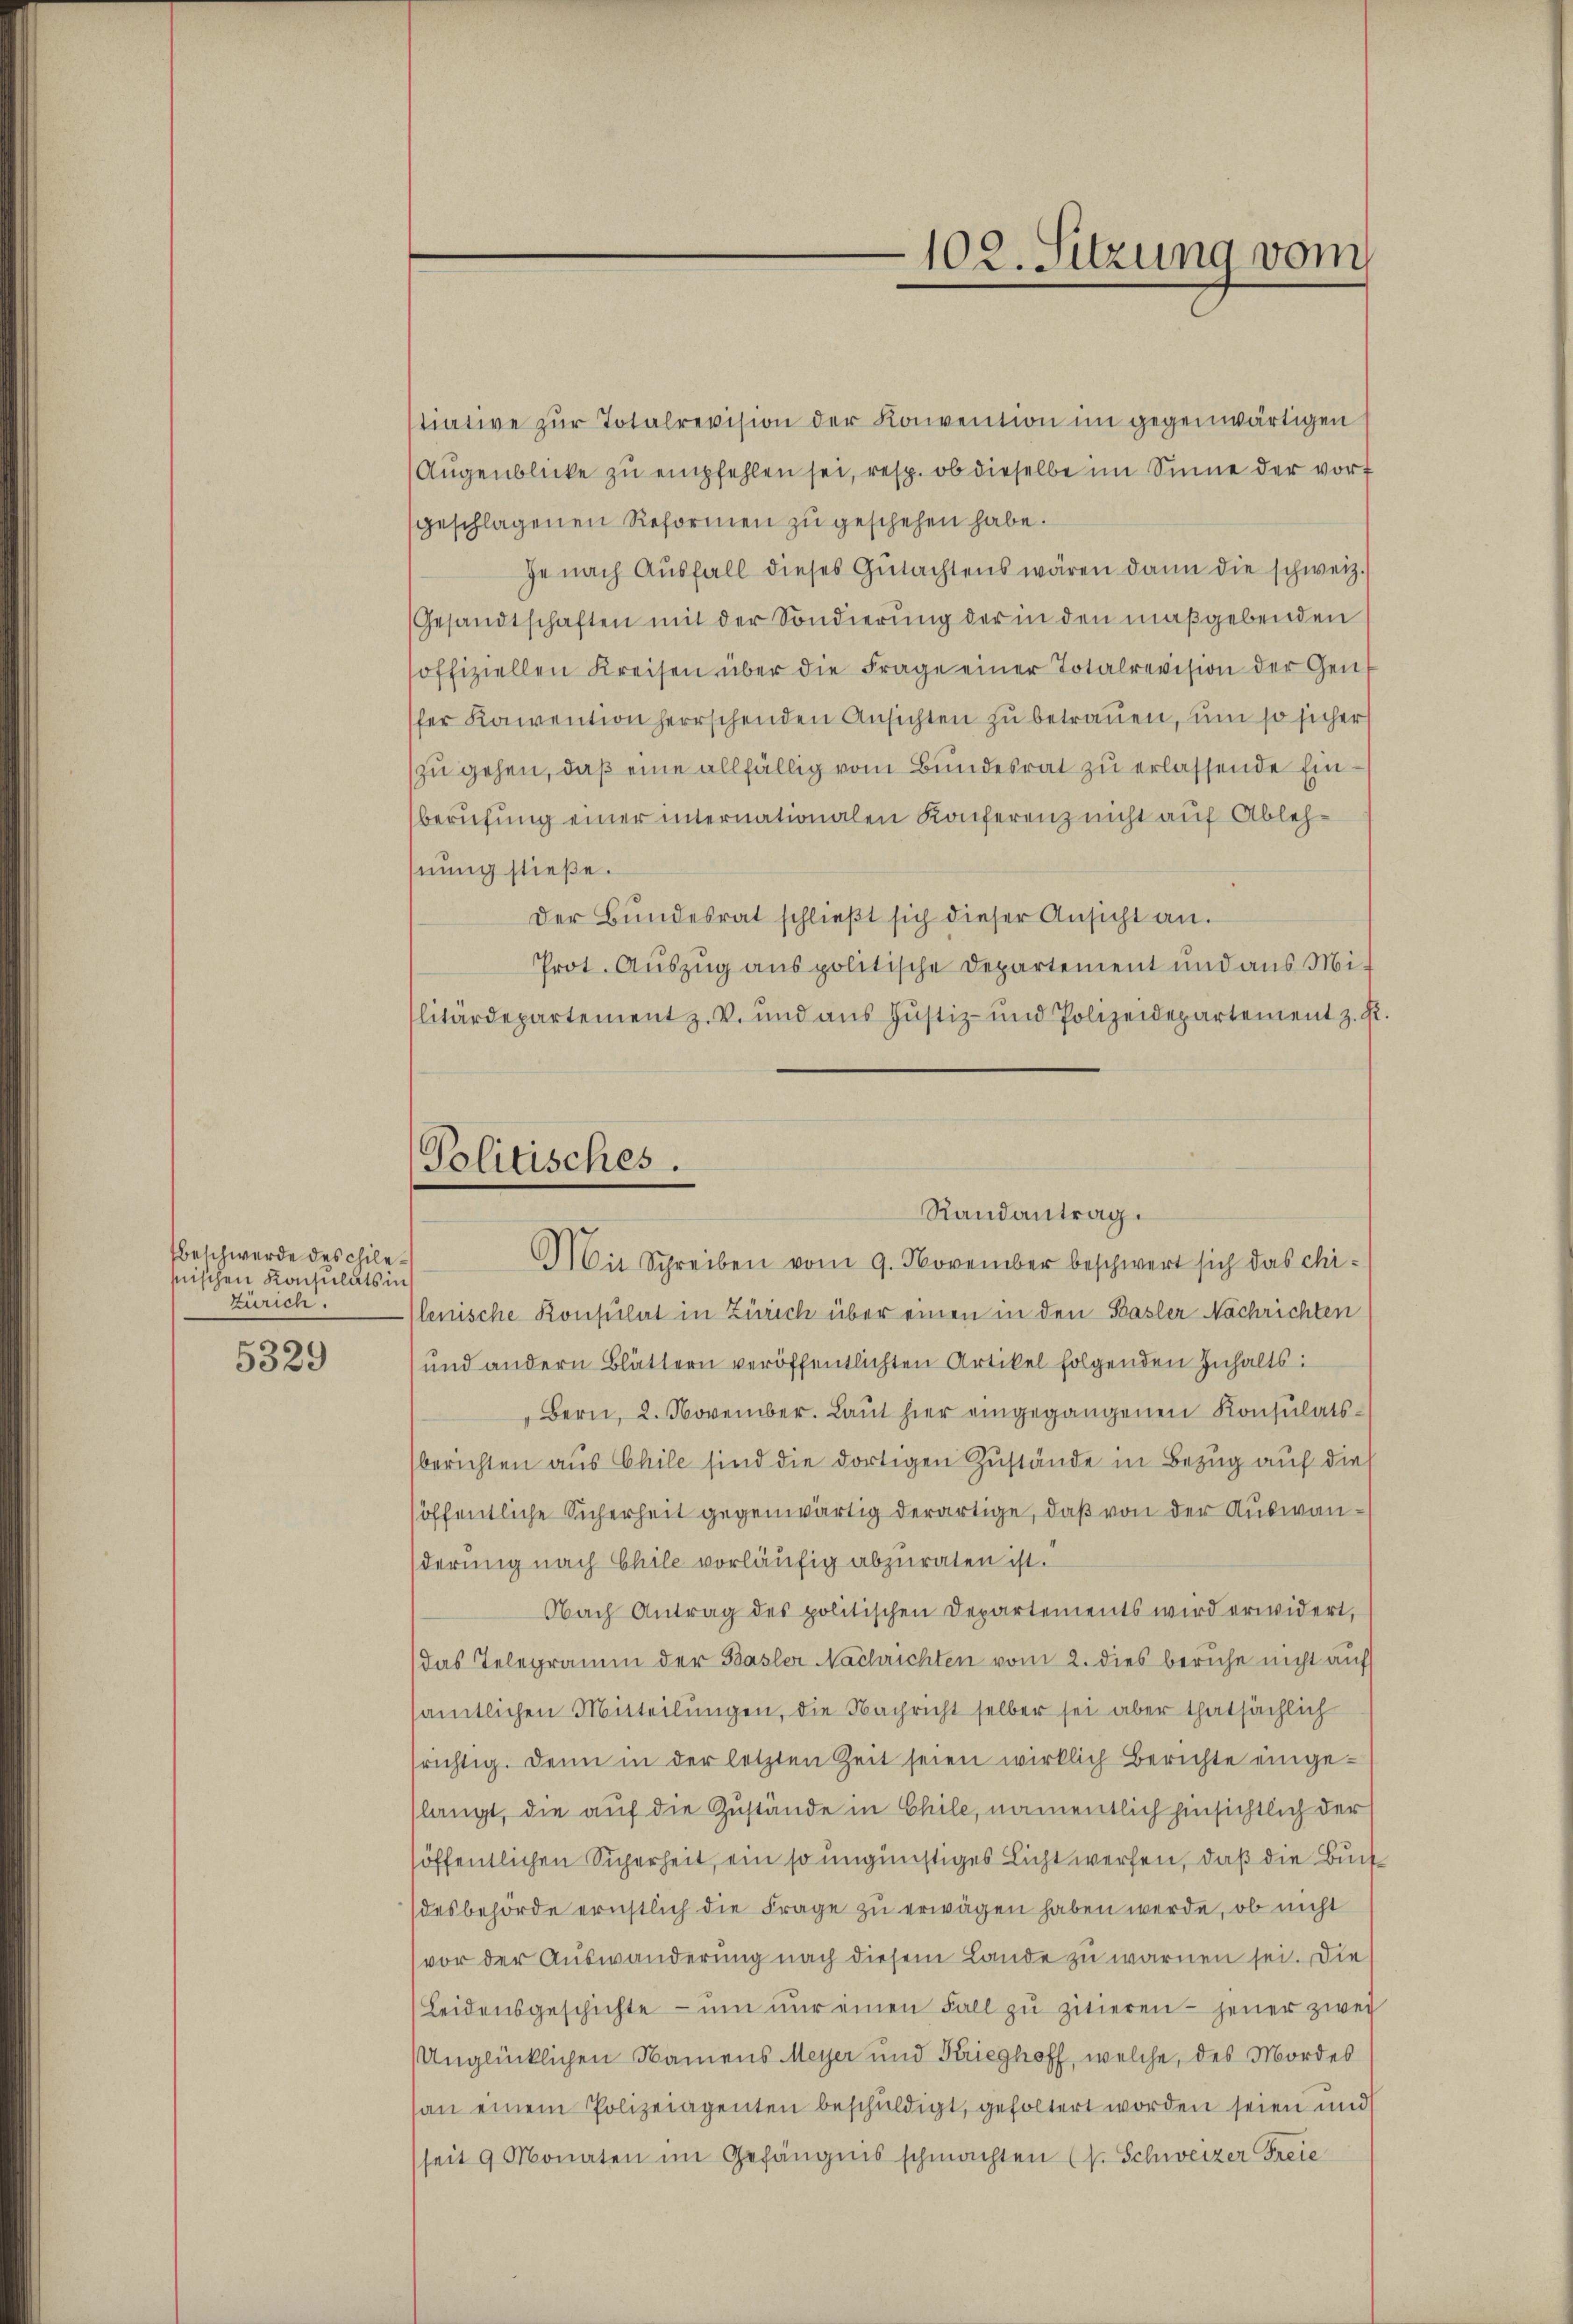
beschwerde des chilehnischen Konsulats in
Zürich.

5329

stiative zŭr Totalrevision der Konvention im gegenwärtigen
Augenblicke zu empfehlen sei, resp. ob dieselbe im Sinne der vort
geschlagenen Reformen zu geschehen habe.
je nach Aŭsfall dieses Gŭtachtens wären dann die schweiz.
Gesandtschaften mit der Sondierung der in den maßgebenden
soffiziellen Kreisen über die Frage einer Totalrevision der Gen
fer Kaivention herrschenden Ansichten zu betrauen, um so sicher
zu gehen, daß eine allfällig vom Bundesrat zu erlassende Einberufung einer internationalen Konferenz nicht auf Ablehhnung stieße.
Der Bŭndesrat schlieβt sich dieser Ansicht an.
Prot. Auszug aus politische Departement und aus Militärdepartement z. V. und aŭs Jŭstiz- und Polizeidepartement z. Ei
Mit Schreiben vom 9. November beschwert sich das chilenische Konsulat in Zürich über einen in den Basler Nachrichten
und andern Blättern veröffentlichten Artikel folgenden Inhalts:
Bern, 2. November. Laut hier eingegangenen Konsulatsberichten aus Chile sind die dortigen Zustände in Bezug auf die
öffentliche Sicherheit gegenwärtig derartige, daß von der Auswanderung nach Chile vorläufig abzuraten ist.
Nach Antrag des politischen Departements wird erwidert,
das Telegramm der Basler Nachrichten vom 2. dies beruhe nicht auf
sämtlichen Mitteilungen, die Nachricht selber sei aber thatsächlich
frichtig. Denn in der letzten Zeit seien wirklich Berichte eingeslangt, die auf die Zustände in Chile, namentlich hinsichtlich der
höffentlichen Sicherheit, ein so ungünstiges Licht werfen, daß die Buch
desbehörde ernstlich die Frage zu erwägen haben werde, ob nicht
vor der Auswanderung nach diesem Lande zu warnen sei. Die
Leidensgeschichte ŭm nŭr einen Fall zŭ zitieren - jener zwei
Unglücklichen Namens Meyer und Krieghoff, welche, des Mordes
san einem Polizeiagenten beschuldigt, gefoltert worden seien und
seit 9 Monaten im Gefängnis schmachten (s. Schweizer Freie

102. Sitzung vom

Politisches.
Randantrag.